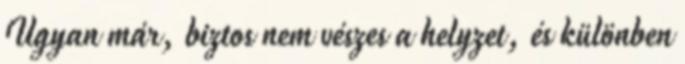
Ugyan már, biztos nem vészes a helyzet, és különben